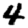
Digit: 4